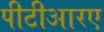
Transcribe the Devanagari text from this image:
पीटीआरए